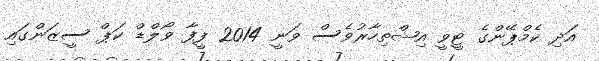
އަދި ކެމްޕޭންގެ ޓީވީ އިޝްތިހާރުވެސް ވަނީ 2014 ފީފާ ވޯލްޑް ކަޕް ސީޒަންގައި